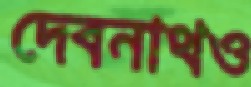
দেবনাথও